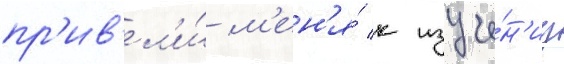
пр'ив'ел'и́ м'ен'я́ к изуче́н'иу